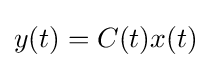
y(t)=C(t)x(t)